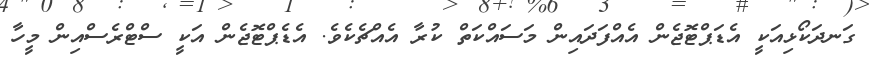
ގަނދަކޯޅިއަކީ އެޑަޕްޓޮޖެން އެއްފަދައިން މަސައްކަތް ކުރާ އެއްޗެކެވެ. އެޑެޕްޓޮޖެން އަކީ ސްޓްރެސްއިން މީހާ